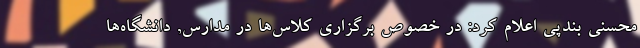
محسنی بندپی اعلام کرد: در خصوص برگزاری کلاس‌ها در مدارس, دانشگاه‌ها